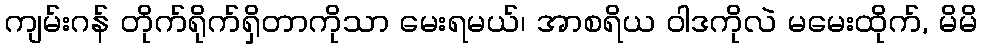
ကျမ်းဂန် တိုက်ရိုက်ရှိတာကိုသာ မေးရမယ်၊ အာစရိယ ဝါဒကိုလဲ မမေးထိုက်, မိမိ